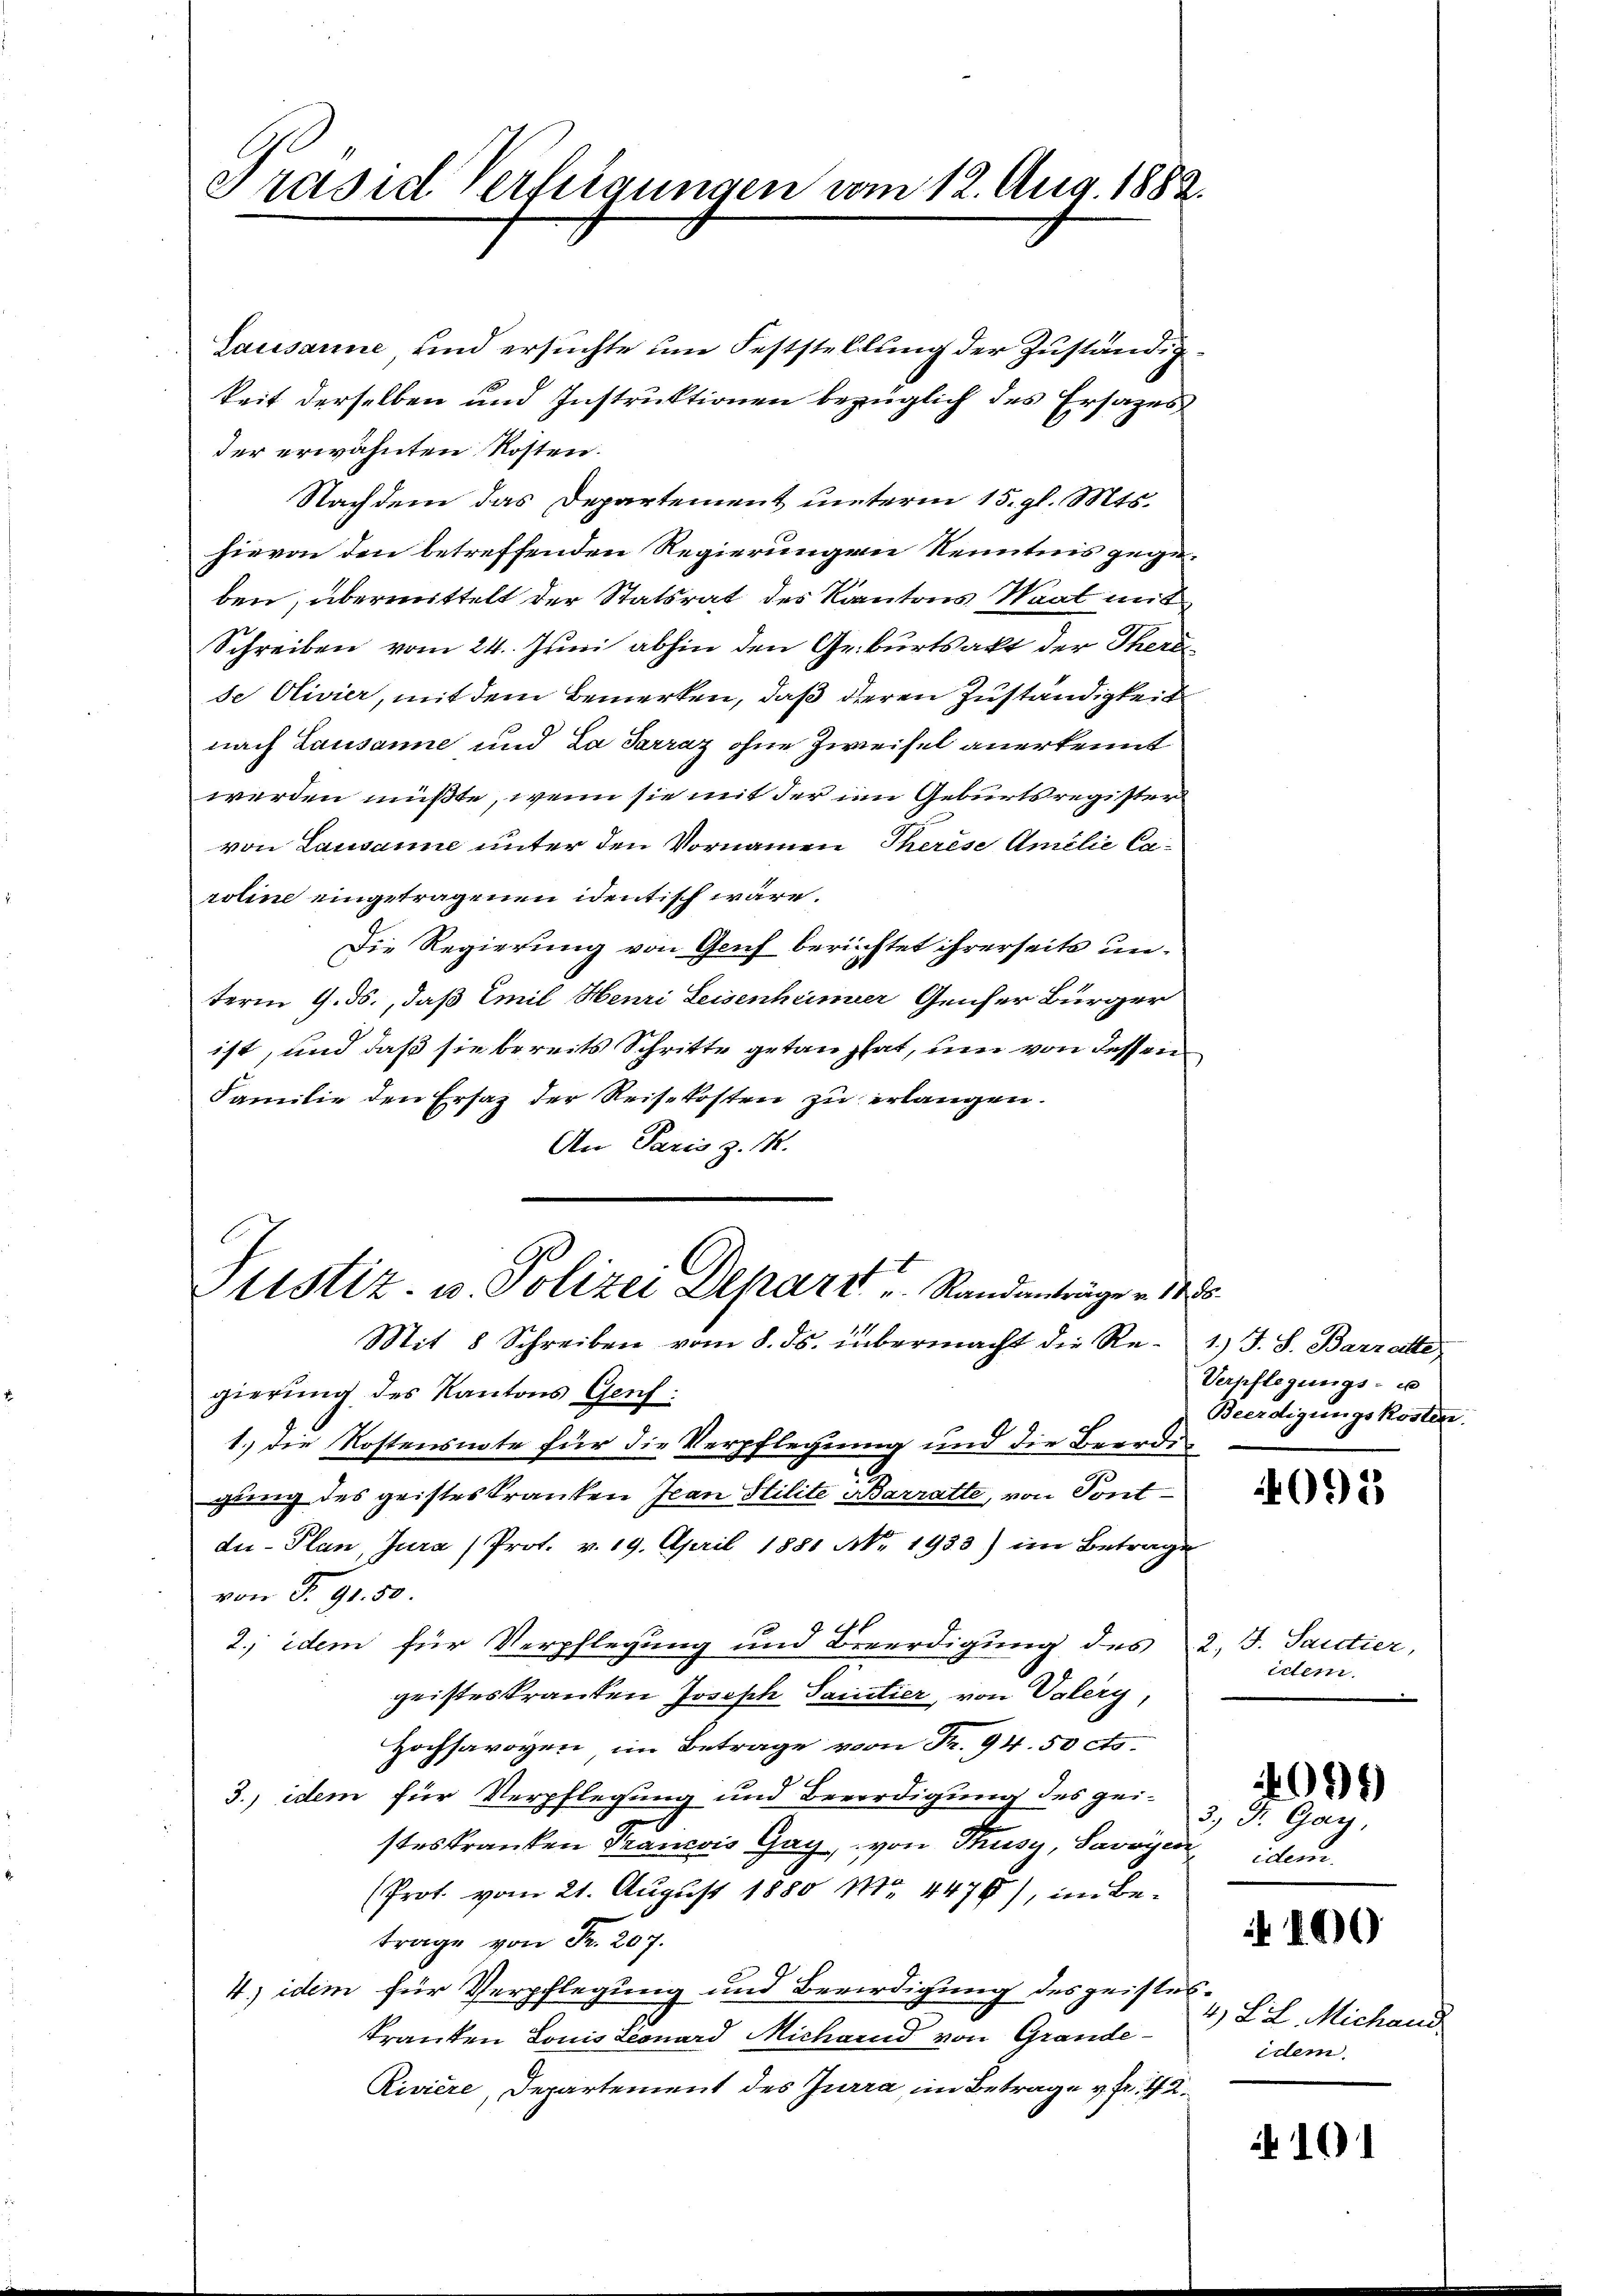
Präsid Verfügungen vom 12. Aug. 1882.

Lausanne und ersuchte um Feststellung der Zuständig
keit derselben und Instruktionen bezüglich des Ersazes
der erwähnten Kosten.
Nachdem das Departement unterm 15. gl. Mts.
hievon den betreffenden Regierungen Kenntnis gegeben, übermittelt der Statsrat des Kantons Waat mit
Schreiben vom 24. Juni abhin den Geburtsakt der There
de Olivier, mit dem Bemerken, daß deren Zuständigkeit
nach Lausanne und La Sarraz ohne Zweifel anerkennt
werden müßte, wenn sie mit der im Geburtsregister
von Lausanne unter den Vornamen Therese Amilie Caroline eingetragenen identisch wäre.
Die Regierung von Genf berichtet ihrerseits unterm 9. ds., daß Emil Henri Leisenheimer Genfer Bürger
6
ist, und daß sie bereits Schritte getan hat, um von dessen
Familie den Ersatz der Reisekosten zu erlangen.
An Paris z. M.
Justiz- u. Polizei Depart u. Standanträge v. 12.
Mit 8 Schreiben vom 8. ds. übermacht die Regierung des Kantons Genf
1.) Die Kostensnote für die Verpflegung und die Beerde
gung des geisteskranken Jean Stilite Barratte, von Pontdu- Plan, Jura (Prot. v. 19. April 1881 Nr. 1933) im Betrage
von T. 91. 50.
2., idem für Verpflegung und Beerdigung des 2. J. Santier,
geisteskranken Joseph Saintier, von Valery,
Hochsavoyen, im Betrage von Fr. 94. 50 cts.
3.) idem für Verpflegung und Beerdigung des geisteskranken Francois Gag, von Thusy, Savoyer idem
(Prot. vom 21. August 1880 Nr. 4476), im Betrage von Fr. 207.
4) idem für Verpflegung und Berirdigung des geistes¬
Tranken Louis Leonard Michard von Grande¬
Riviere, Departement des Jurra, im Betrage v. Fr. 42.

1.) J. S. Barrette,
Verpflegungs- u
Beerdigungskosten.

091

idem
4094)
3, Dr. Gay,

100

4, L. L. Michand
idem

101